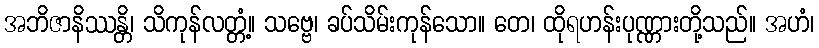
အဘိဇာနိဿန္တိ၊ သိကုန်လတ္တံ့။ သဗ္ဗေ၊ ခပ်သိမ်းကုန်သော။ တေ၊ ထိုရဟန်းပုဏ္ဏားတို့သည်။ အဟံ၊